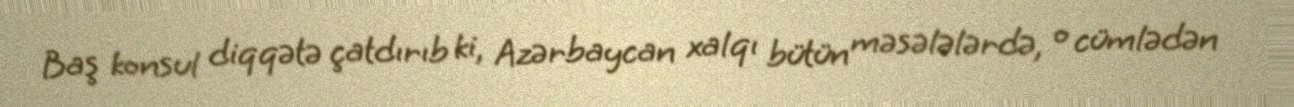
Baş konsul diqqətə çatdırıb ki, Azərbaycan xalqı bütün məsələlərdə, o cümlədən